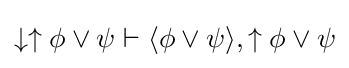
\downarrow \uparrow \phi \lor \psi \vdash \langle \phi \lor \psi \rangle ,\uparrow \phi \lor \psi